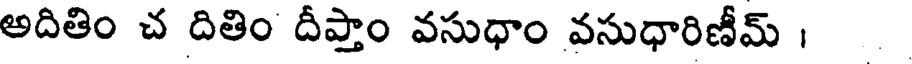
అదితిం చ దితిం దీప్తాం వసుధాం వసుధారిణీమ్ ;